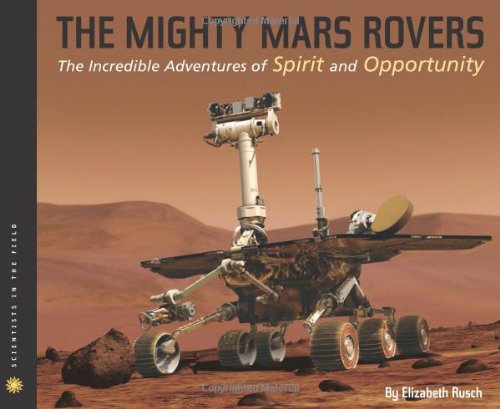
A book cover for The Mighty Mars Rovers: The Incredible Adventures of Spirit and Opportunity (Scientists in the Field Series); Elizabeth Rusch; Children's Books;